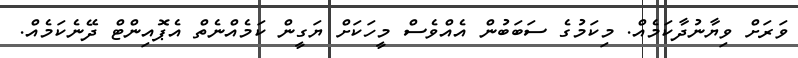
ވަރަށް ވިޔާނުދާކަމެއް. މިކަމުގެ ސަބަބުން އެއްވެސް މީހަކަށް ޔަގީން ކަމެއްނެތް އެޕޮއިންޓް ދޭނެކަމެއް.